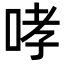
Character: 哮